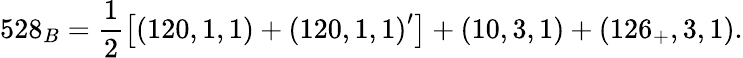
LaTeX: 528_{B}=\frac 12\left[\left(120,1,1\right)+\left(120,1,1\right)^{\prime}\right]+\left(10,3,1\right)+\left(126_{+},3,1\right).